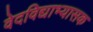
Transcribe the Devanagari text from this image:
वेदविद्याभ्यासक